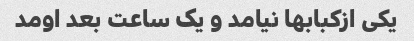
یکی از‌کبابها نیامد و یک ساعت بعد اومد